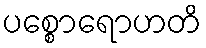
ပစ္စောရောဟတိ